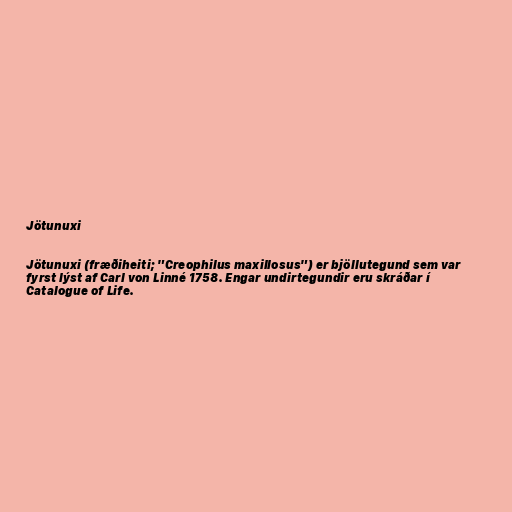
Jötunuxi

Jötunuxi (fræðiheiti; "Creophilus maxillosus") er bjöllutegund sem var
fyrst lýst af Carl von Linné 1758. Engar undirtegundir eru skráðar í
Catalogue of Life.